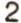
2